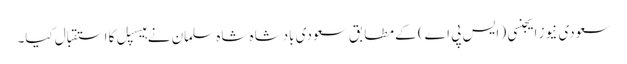
سعودی نیوز ایجنسی ( ایس پی اے) کے مطابق سعودی بادشاہ شاہ سلمان نے ہیسپل کا استقبال کیا۔